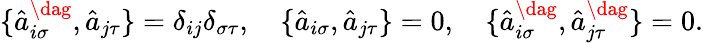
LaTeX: \{ \hat{a}_{i\sigma}^{\dag},\hat{a}_{j\tau}\} =\delta_{ij}\delta_{\sigma\tau},\quad\{ \hat{a}_{i\sigma},\hat{a}_{j\tau}\} =0,\quad\{ \hat{a}_{i\sigma}^{\dag},\hat{a}_{j\tau}^{\dag}\} =0.